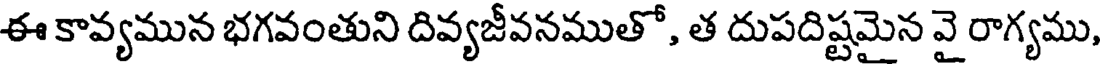
ఈ కావ్యమున భగవంతుని దివ్యజీవనముతో, త దుపదిష్టమైన వై రాగ్యము,